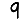
Digit: 9